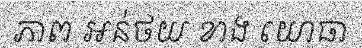
ភាព អន់ថយ ខាង យោធា